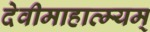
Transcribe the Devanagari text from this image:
देवीमाहात्म्यम्